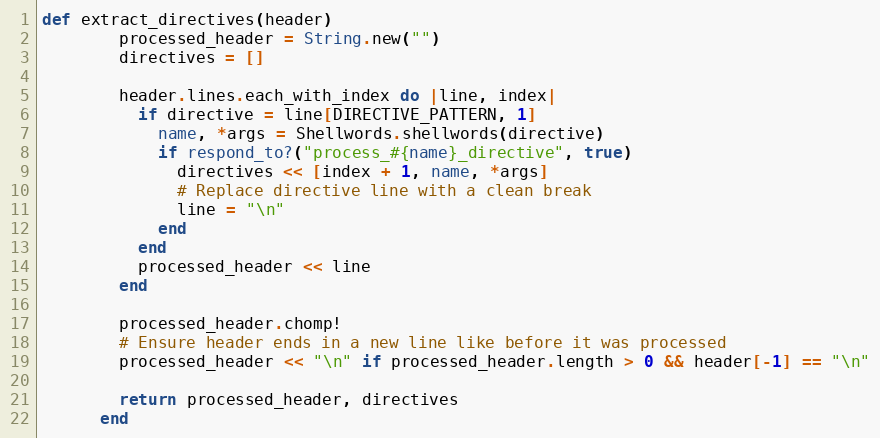
Language: Ruby
def extract_directives(header)
        processed_header = String.new("")
        directives = []

        header.lines.each_with_index do |line, index|
          if directive = line[DIRECTIVE_PATTERN, 1]
            name, *args = Shellwords.shellwords(directive)
            if respond_to?("process_#{name}_directive", true)
              directives << [index + 1, name, *args]
              # Replace directive line with a clean break
              line = "\n"
            end
          end
          processed_header << line
        end

        processed_header.chomp!
        # Ensure header ends in a new line like before it was processed
        processed_header << "\n" if processed_header.length > 0 && header[-1] == "\n"

        return processed_header, directives
      end